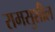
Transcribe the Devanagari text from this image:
रामसुशील